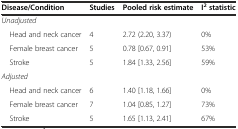
<table><thead><tr><td><b>Disease/Condition</b></td><td><b>Studies</b></td><td><b>Pooled risk estimate</b></td><td><b>I<sup>2</sup>statistic</b></td></tr></thead><tbody><tr><td><i>Unadjusted</i></td><td></td><td></td><td></td></tr><tr><td> Head and neck cancer</td><td>4</td><td>2.72 (2.20, 3.37)</td><td>0%</td></tr><tr><td> Female breast cancer</td><td>5</td><td>0.78 [0.67, 0.91]</td><td>53%</td></tr><tr><td> Stroke</td><td>5</td><td>1.84 [1.33, 2.56]</td><td>59%</td></tr><tr><td><i>Adjusted</i></td><td></td><td></td><td></td></tr><tr><td> Head and neck cancer</td><td>6</td><td>1.40 [1.18, 1.66]</td><td>0%</td></tr><tr><td> Female breast cancer</td><td>7</td><td>1.04 [0.85, 1.27]</td><td>73%</td></tr><tr><td> Stroke</td><td>5</td><td>1.65 [1.13, 2.41]</td><td>67%</td></tr></tbody></table>